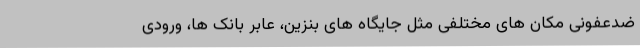
ضدعفونی مکان های مختلفی مثل جایگاه های بنزین، عابر بانک ها، ورودی